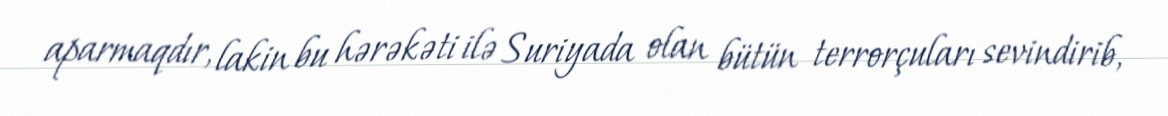
aparmaqdır, lakin bu hərəkəti ilə Suriyada olan bütün terrorçuları sevindirib,